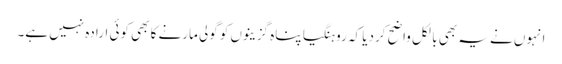
انہوں نے یہ بھی بالکل واضح کردیا کہ روہنگیا پناہ گزینوں کو گولی مارنے کا بھی کوئی ارادہ نہیں ہے۔